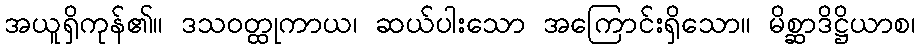
အယူရှိကုန်၏။ ဒသဝတ္ထုကာယ၊ ဆယ်ပါးသော အကြောင်းရှိသော။ မိစ္ဆာဒိဋ္ဌိယာစ၊